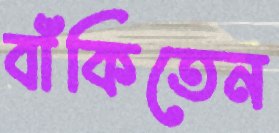
বাঁকিতেন